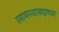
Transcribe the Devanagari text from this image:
रसायनशास्त्रदृष्ट्या